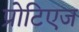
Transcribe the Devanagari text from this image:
प्रोटिएज